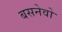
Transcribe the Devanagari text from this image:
बसनेवो